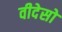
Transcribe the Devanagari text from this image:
वीदेसो